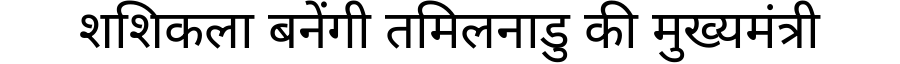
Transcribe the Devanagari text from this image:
शशिकला बनेंगी तमिलनाडु की मुख्यमंत्री